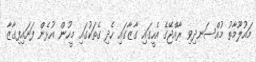
މައުލޫމާތު މުއްސަނދިވި ރާއްޖޭގެ އެހީގައި ގާޒާގައި ހެދި ގެތަކުގައި މީހުން އުޅެން ފަށައިފިގާޒާ